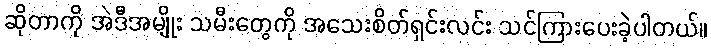
ဆိုတာကို အဲဒီအမျိုး သမီးတွေကို အသေးစိတ်ရှင်းလင်း သင်ကြားပေးခဲ့ပါတယ်။